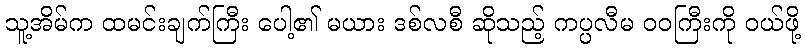
သူ့အိမ်က ထမင်းချက်ကြီး ပေါ့၏ မယား ဒစ်လစီ ဆိုသည့် ကပ္ပလီမ ဝဝကြီးကို ဝယ်ဖို့